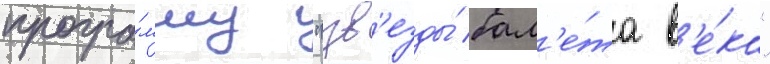
програ́мму "зв'езды́ бал'е́та в'е́ка"